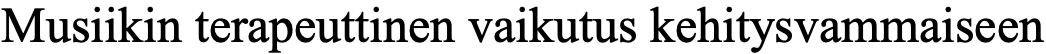
Musiikin terapeuttinen vaikutus kehitysvammaiseen